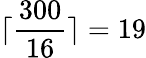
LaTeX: \lceil\frac{300}{16}\rceil=19